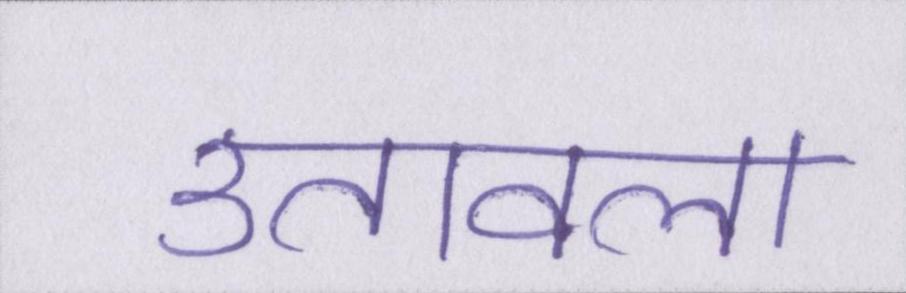
उतावला